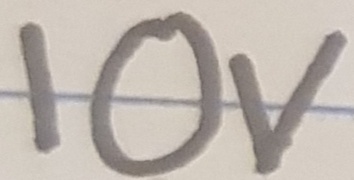
Text: 10V